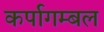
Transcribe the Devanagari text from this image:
कर्पागम्बल